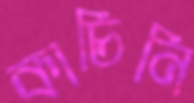
কাচিনি